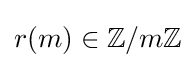
r(m)\in \mathbb {Z} /m\mathbb {Z}